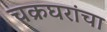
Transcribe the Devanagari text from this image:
चक्रघरांचा